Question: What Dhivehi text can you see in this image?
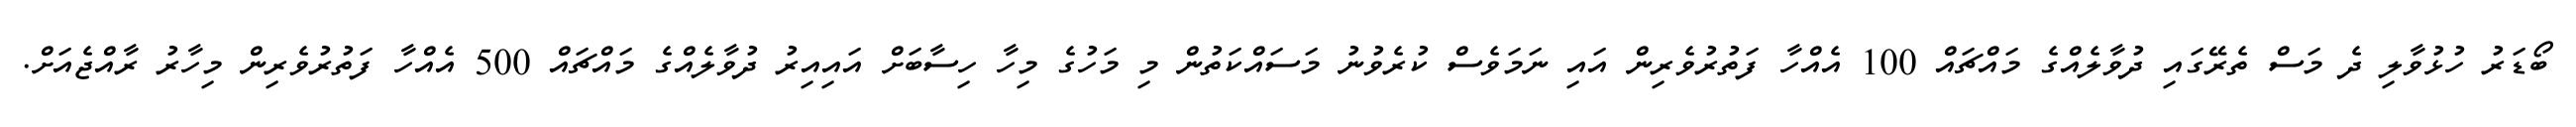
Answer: ބޯޑަރު ހުޅުވާލި ދެ މަސް ތެރޭގައި ދުވާލެއްގެ މައްޗައް 100 އެއްހާ ފަތުރުވެރިން އައި ނަމަވެސް ކުރެވުނު މަސައްކަތުން މި މަހުގެ މިހާ ހިސާބަށް އައިއިރު ދުވާލެއްގެ މައްޗައް 500 އެއްހާ ފަތުރުވެރިން މިހާރު ރާއްޖެއަށް.